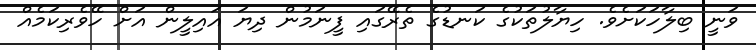
ވަނީ ބިލާހަކަށެވެ. ހިޔާލުތަކުގެ ކަނޑުގެ ތެރޭގައި ފީނަމުން ދިޔަ އައިލީން އަށް ހޭވެރިކަމެއް